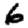
Digit: 6